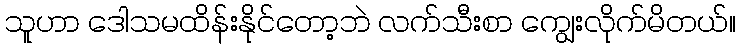
သူဟာ ဒေါသမထိန်းနိုင်တော့ဘဲ လက်သီးစာ ကျွေးလိုက်မိတယ်။